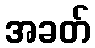
အခတ်